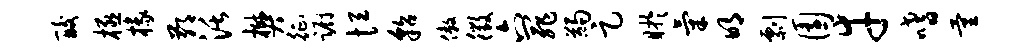
酸极椽鄙活樊征蹰恒貂傲徵六罪蠲足盱气明剽园幸嗜量